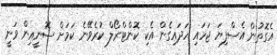
އެގޮތުން އެސްފިޔަ ޖަހައި ހަދައިގެން އެކި ކޮންޓްރޯލް ކުރެވޭނެ ކަމަށް ސޮނީއިން ވަނީ